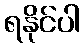
ရနိုင်ပါ